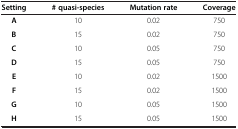
| Setting | # quasi-species | Mutation rate | Coverage |
 | --- | --- | --- | --- |
 | A | 10 | 0.02 | 750 |
 | B | 15 | 0.02 | 750 |
 | C | 10 | 0.05 | 750 |
 | D | 15 | 0.05 | 750 |
 | E | 10 | 0.02 | 1500 |
 | F | 15 | 0.02 | 1500 |
 | G | 10 | 0.05 | 1500 |
 | H | 15 | 0.05 | 1500 |